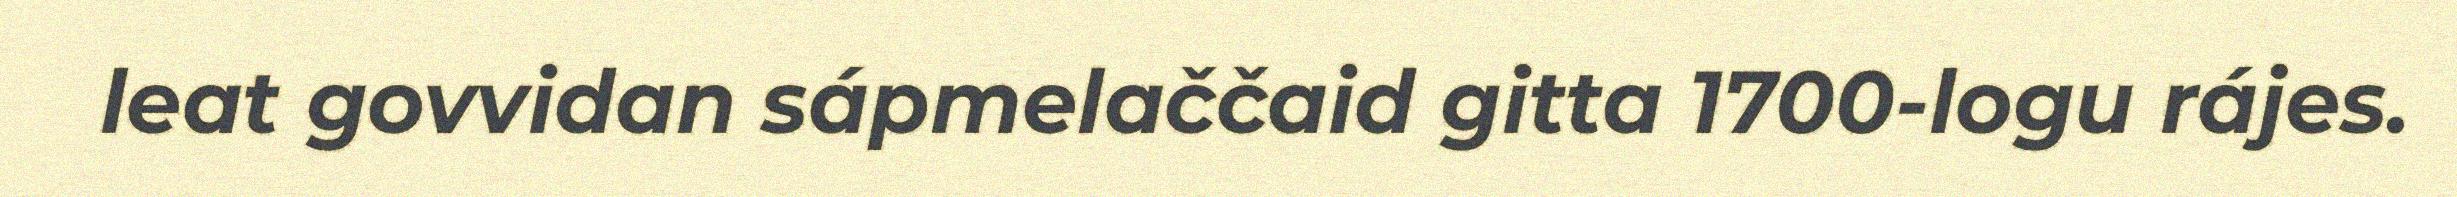
leat govvidan sápmelaččaid gitta 1700-logu rájes.